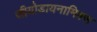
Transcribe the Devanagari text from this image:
जीयोडायनामिक्‍स